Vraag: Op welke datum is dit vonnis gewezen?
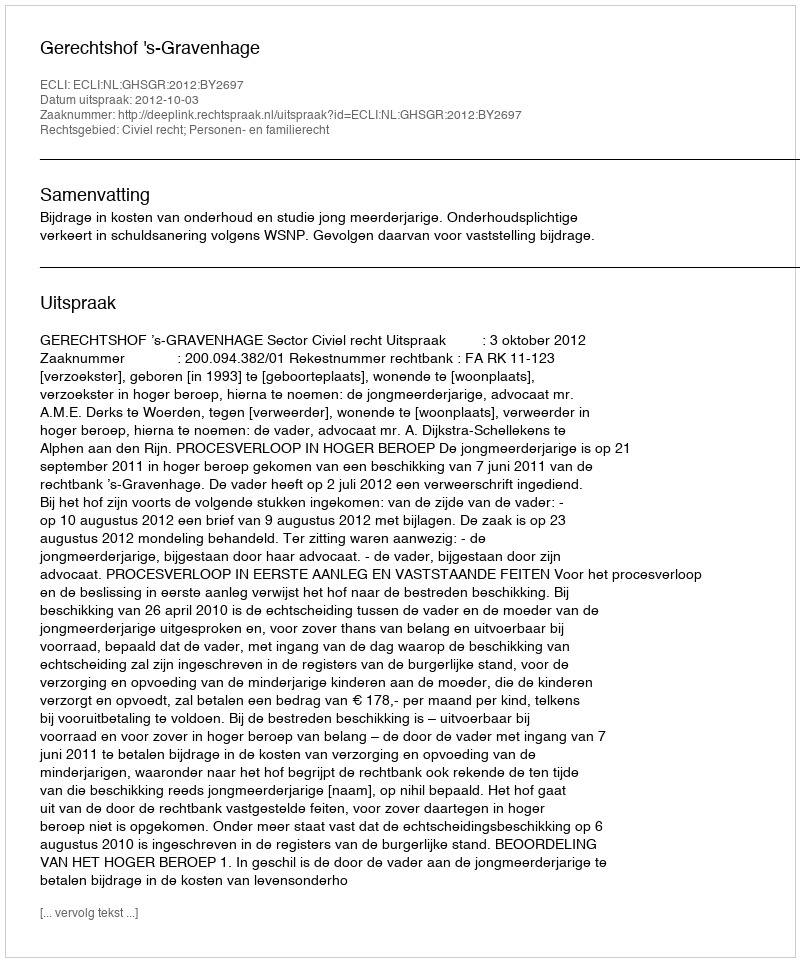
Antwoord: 2012-10-03